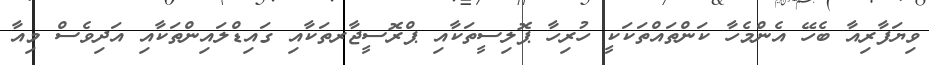
ވިޔަފާރިއާ ބެހޭ އެންމެހާ ކަންތައްތަކަކީ ހުރިހާ ޕޮލިސީތަކާއި ޕްރޮސީޖާރތަކާއި ގައިޑްލައިންތަކާއި އަދިވެސް މިއާ